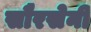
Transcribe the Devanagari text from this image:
सौरसेनी